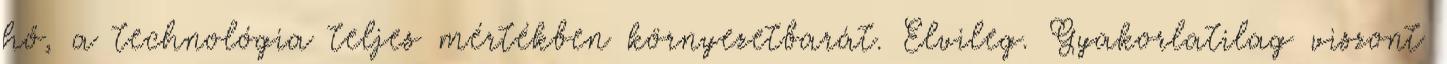
hő, a technológia teljes mértékben környezetbarát. Elvileg. Gyakorlatilag viszont